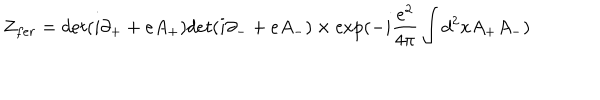
LaTeX: Z _ { f e r } = d e t ( i \partial _ { + } + e A _ { + } ) d e t ( i \partial _ { - } + e A _ { - } ) \times \exp ( - i \frac { e ^ { 2 } } { 4 \pi } \int d ^ { 2 } x A _ { + } A _ { - } )